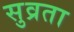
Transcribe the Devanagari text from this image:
सुव्रता